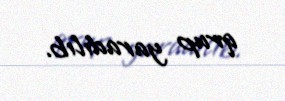
qrup yaradılıb.